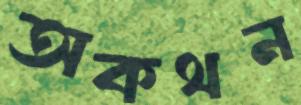
অকথন